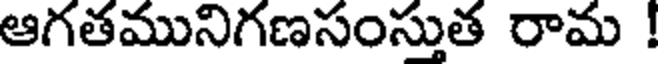
ఆగతమునిగణసంస్తుత రామ !